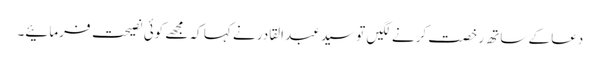
دعا کے ساتھ رخصت کرنے لگیں تو سید عبد القادر نے کہا کہ مجھے کوئی نصیحت فرمائیے۔